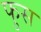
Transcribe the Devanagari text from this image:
फुस